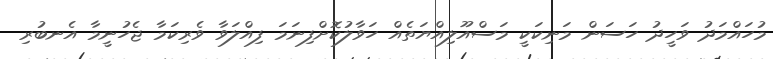
މުހައްމަދު ވަހީދު ހަސަން މަނިކަކީ މަސްއޫލިއްޔަތެއް ހަވާލުކޮށްފިނަމަ ފިއްލަވާ ވެރިކަމާ ޖެހުނީމާ އެނބުރި